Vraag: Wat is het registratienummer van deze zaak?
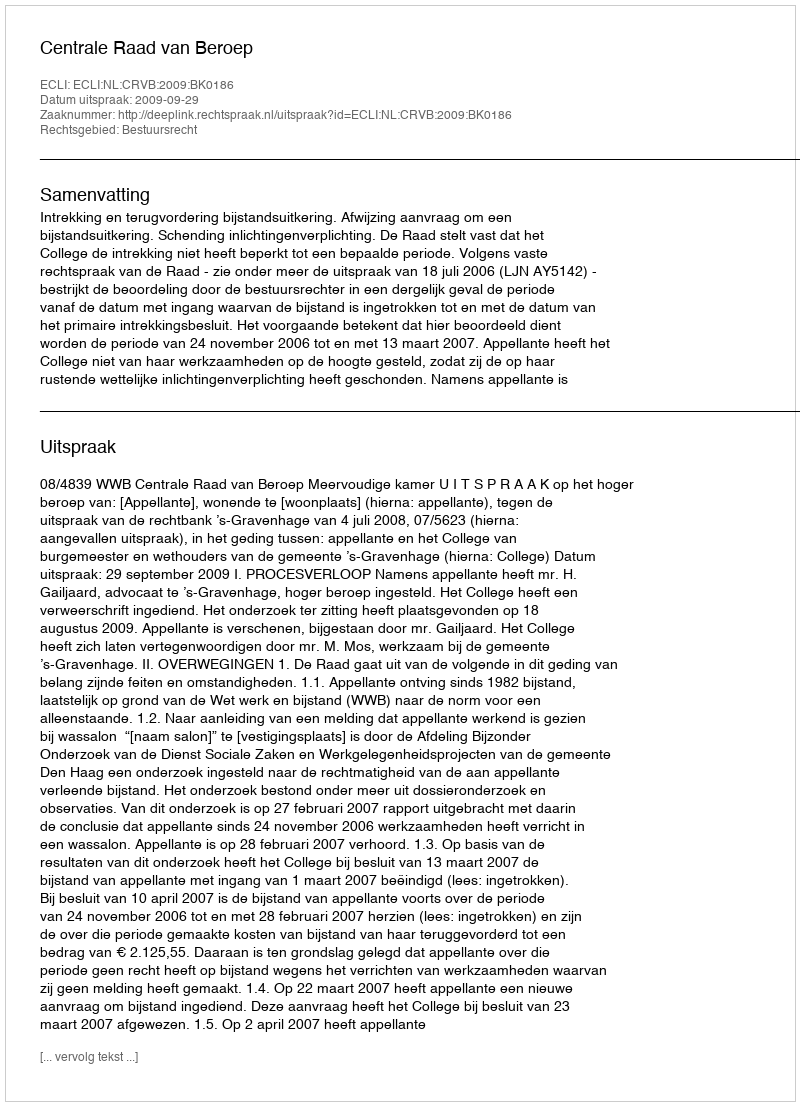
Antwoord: http://deeplink.rechtspraak.nl/uitspraak?id=ECLI:NL:CRVB:2009:BK0186